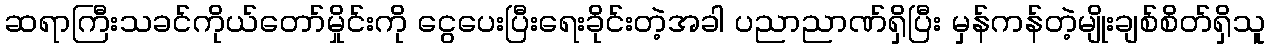
ဆရာကြီးသခင်ကိုယ်တော်မှိုင်းကို ငွေပေးပြီးရေးခိုင်းတဲ့အခါ ပညာညာဏ်ရှိပြီး မှန်ကန်တဲ့မျိုးချစ်စိတ်ရှိသူ